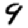
Digit: 9